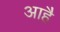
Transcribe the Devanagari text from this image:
आहै